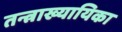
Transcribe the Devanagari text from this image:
तन्त्राख्यायिका